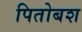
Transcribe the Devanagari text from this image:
पितोबश